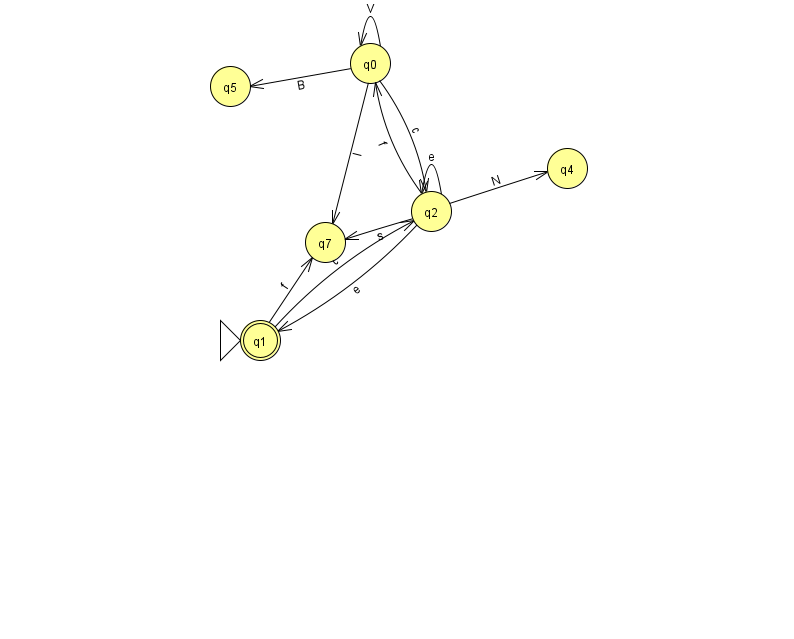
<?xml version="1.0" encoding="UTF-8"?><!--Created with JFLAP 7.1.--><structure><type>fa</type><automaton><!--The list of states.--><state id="0" name="q0"><x>370.0</x><y>50.0</y></state><state id="1" name="q1"><x>260.0</x><y>327.0</y><initial/><final/></state><state id="2" name="q2"><x>431.0</x><y>198.0</y></state><state id="4" name="q4"><x>567.0</x><y>155.0</y></state><state id="5" name="q5"><x>230.0</x><y>73.0</y></state><state id="7" name="q7"><x>325.0</x><y>229.0</y></state><!--The list of transitions.--><transition><from>0</from><to>5</to><read>B</read></transition><transition><from>0</from><to>7</to><read>l</read></transition><transition><from>2</from><to>7</to><read>s</read></transition><transition><from>2</from><to>2</to><read>e</read></transition><transition><from>0</from><to>0</to><read>V</read></transition><transition><from>1</from><to>7</to><read>f</read></transition><transition><from>2</from><to>1</to><read>e</read></transition><transition><from>2</from><to>0</to><read>f</read></transition><transition><from>0</from><to>2</to><read>c</read></transition><transition><from>1</from><to>2</to><read>c</read></transition><transition><from>2</from><to>4</to><read>N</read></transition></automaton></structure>